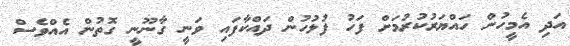
އަދި އެމީހުން ހައްޔަރުކުރުމަށް ފަހު ފުލުހުން ދައްކާފައި ވަނީ ގާނޫނީ ގޮތުން އެއްވެސް